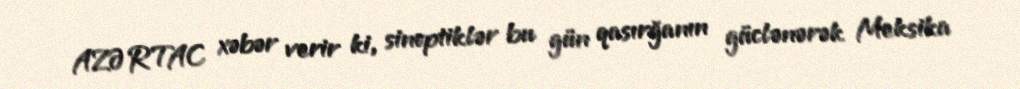
AZƏRTAC xəbər verir ki, sinoptiklər bu gün qasırğanın güclənərək Meksika